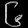
Digit: ၆